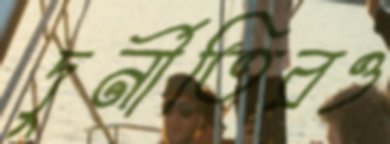
দুর্নীতিরও